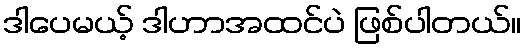
ဒါပေမယ့် ဒါဟာအထင်ပဲ ဖြစ်ပါတယ်။